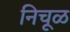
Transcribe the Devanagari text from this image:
निचूळ